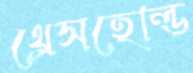
থ্রেসহোল্ড